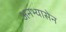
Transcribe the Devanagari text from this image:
अनभ्यासेन